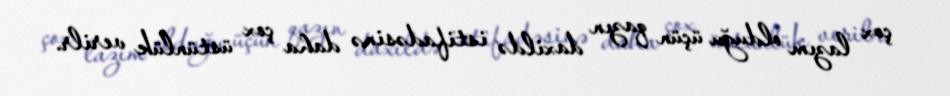
çox lazım olduğu üçün qazın daxildə istifadəsinə daha çox üstünlük verilr.